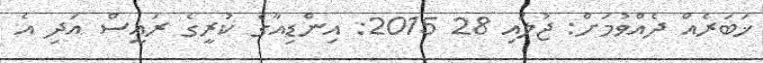
ޚަބަރެއް ދެއްވުމަށް: ޖުލައި 28 2015: އިންޑިއާގެ ކުރީގެ ރައީސް އަދި އެ